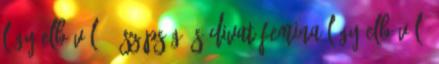
Légy elbűvölő - Szépség és divat Femina Légy elbűvölő